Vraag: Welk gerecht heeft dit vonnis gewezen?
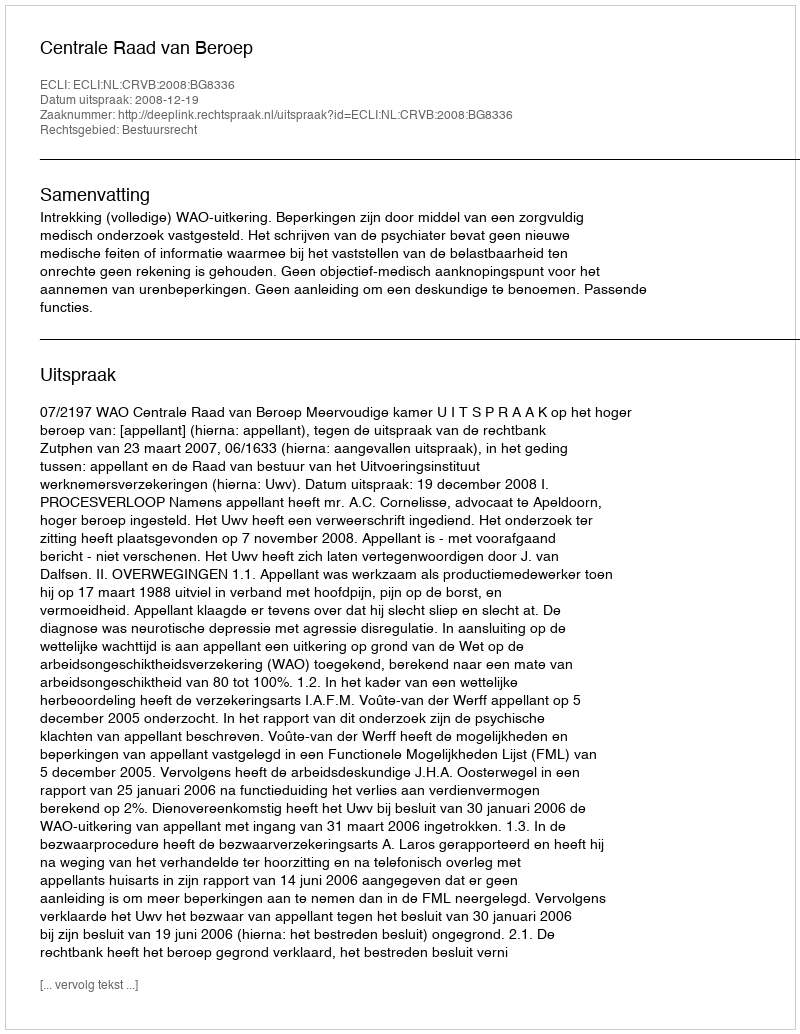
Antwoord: Centrale Raad van Beroep